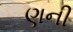
ણની